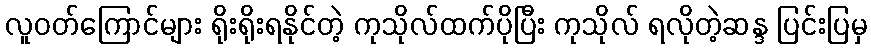
လူဝတ်ကြောင်များ ရိုးရိုးရနိုင်တဲ့ ကုသိုလ်ထက်ပိုပြီး ကုသိုလ် ရလိုတဲ့ဆန္ဒ ပြင်းပြမှ